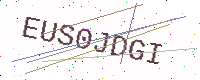
Text: EUS0JDGI